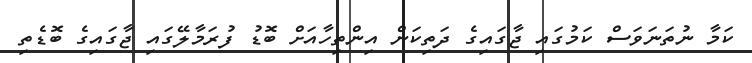
ކަމާ ނުތަނަވަސް ކަމުގައި ޖާގައިގެ ދަތިކަން އިންތިހާއަށް ބޮޑު ފުރަމާލޭގައި ޖާގައިގެ ބޮޑެތި